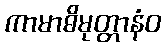
ကာမာဓိမုတ္တာနံဝ